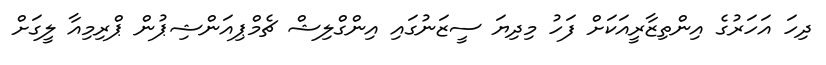
ދިހަ އަހަރުގެ އިންތިޒާރީއަކަށް ފަހު މިދިޔަ ސީޒަނުގައި އިންގްލިޝް ޗެމްޕިއަންޝިޕުން ޕްރިމިއާ ލީގަށް